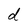
Character: d